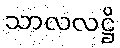
သာလလဋ္ဌိ